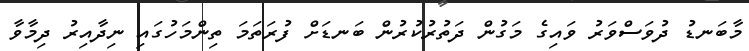
މާބަނޑު ދުވަސްވަރު ވައިގެ މަގުން ދަތުރުކުރުން ބަނޑަށް ފުރަތަމަ ތިންމަހުގައި ނިދާއިރު ދިމާވާ